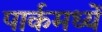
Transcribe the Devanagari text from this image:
पार्कमध्यें